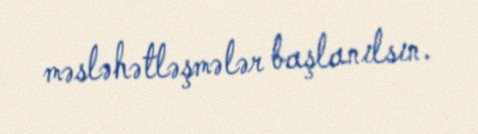
məsləhətləşmələr başlanılsın.